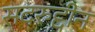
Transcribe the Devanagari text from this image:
सदरुद्दीन